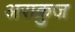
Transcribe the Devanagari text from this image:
अराक्रुज